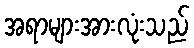
အရာများအားလုံးသည်